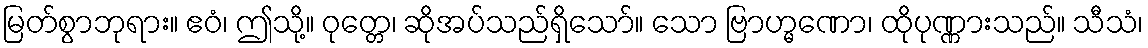
မြတ်စွာဘုရား။ ဧဝံ၊ ဤသို့။ ဝုတ္တေ၊ ဆိုအပ်သည်ရှိသော်။ သော ဗြာဟ္မဏော၊ ထိုပုဏ္ဏားသည်။ သီသံ၊